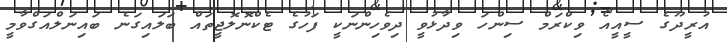
އުރީދޫގެ ސީއީއޯ ވިކްރަމް ސިންހަ ވިދާޅުވީ ދިވެހިންނަކީ ފަހުގެ ޓެކްނޮލޮޖީތައް ބަލައިގަނެ ބައިނަލްއަގްވާމީ